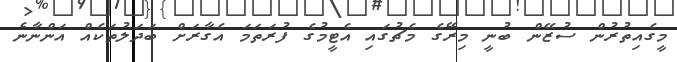
މީގެއިތުރުން ސުޒޭން ބުނީ މިރޭގެ މެޗުގައި އެޓީމުގެ ފުރަތަމަ އެގާރަށް ބަދަލުތަކެއް އަންނާނެ